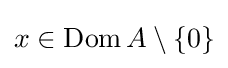
x\in \operatorname {Dom} A\setminus \{0\}